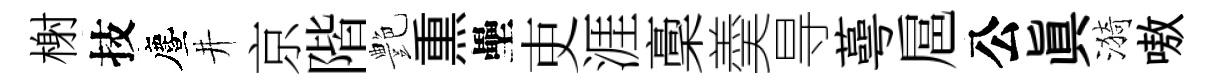
榭技󵨌井京階艶𤋱壘吏涯稾羮㝵蕚扈公眞漪嗷